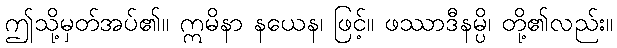
ဤသို့မှတ်အပ်၏။ ဣမိနာ နယေန၊ ဖြင့်။ ဖဿာဒီနမ္ပိ၊ တို့၏လည်း။